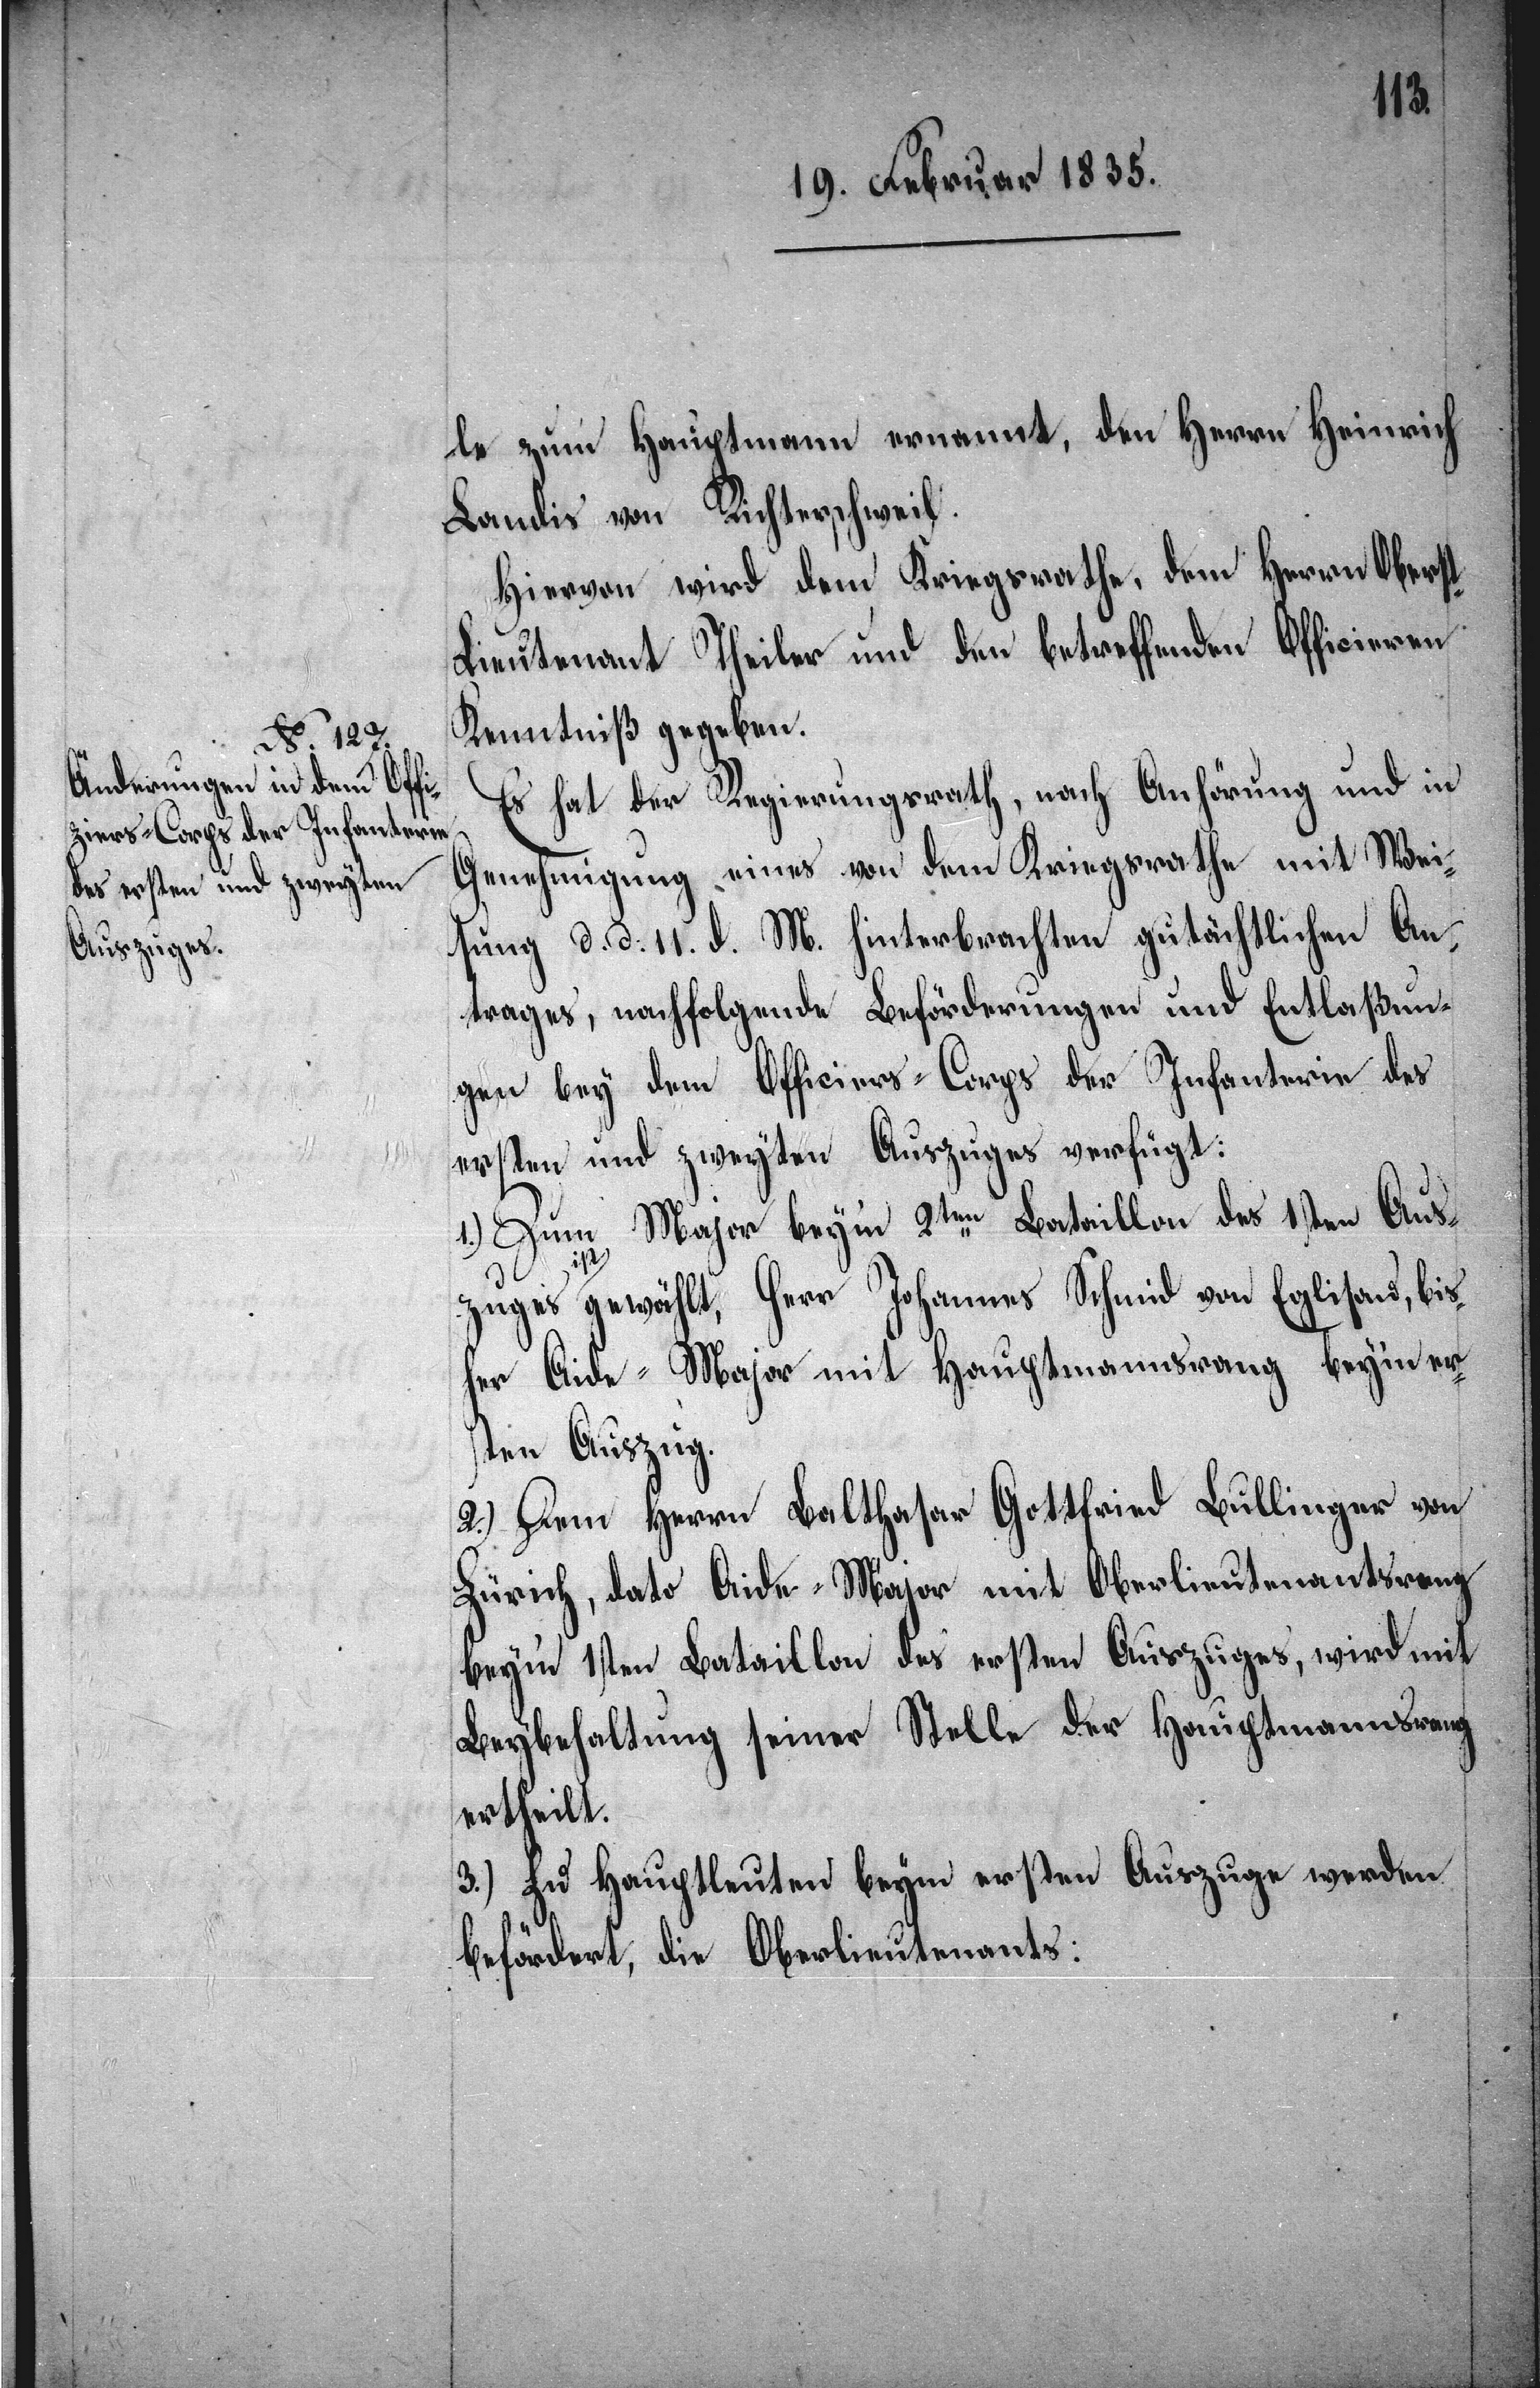
le zum Hauptmann ernannt, den Herrn Heinrich
Landis von Richterschweil.
Hiervon wird dem Kriegsrathe, dem Herrn Obers¬
t-Lieutenant Theiler und den betreffenden Officieren
Kenntniß gegeben.
Es hat der Regierungsrath, nach Anhörung und in
Genehmigung eines von dem Kriegsrathe mit Wei¬
sung d. d. 11. d. M. hinterbrachten gutächtlichen An¬
trages, nachfolgende Beförderungen und Entlaßun¬
gen bey dem Officiers-Corps der Infanterie des
ersten und zweyten Auszuges verfügt:
1.) Zum Major beym 2ten Bataillon des 1sten Ausz¬
a-is¬
t-a gewählt, Herr Johannes Schmid von Eglisau, bis¬
her Aide-Major mit Hauptmannsrang beym er¬
sten Auszug.
2.) Dem Herrn Balthasar Gottfried Bullinger von
Zürich, dato Aide-Major mit Oberlieutenantsrang
beym 1sten Bataillon des ersten Auszuges, wird mit
Beybehaltung seiner Stelle der Hauptmannsrang
ertheilt.
3.) Zu Hauptleuten beym ersten Auszuge werden
befördert, die Oberlieutenants: